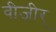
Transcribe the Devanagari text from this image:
वीजीर्